Report on the working of the mental hospitals for Indians in Bihar and Orissa - 1925-1929
Year: 1925
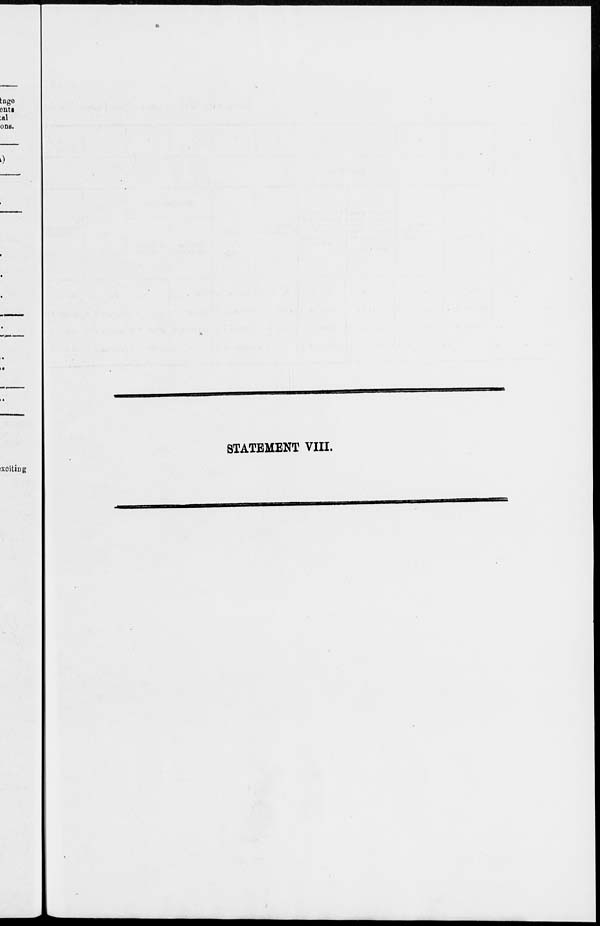
STATEMENT VIII.